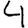
Digit: 4